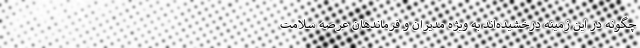
چگونه در این زمینه درخشیده‌اند به ویژه مدیران و فرماندهان عرصه سلامت